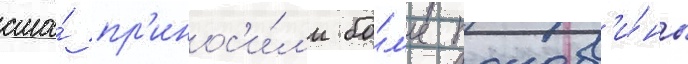
сша́ пр'инос'и́л'и бо́л'ее полов'и́ны